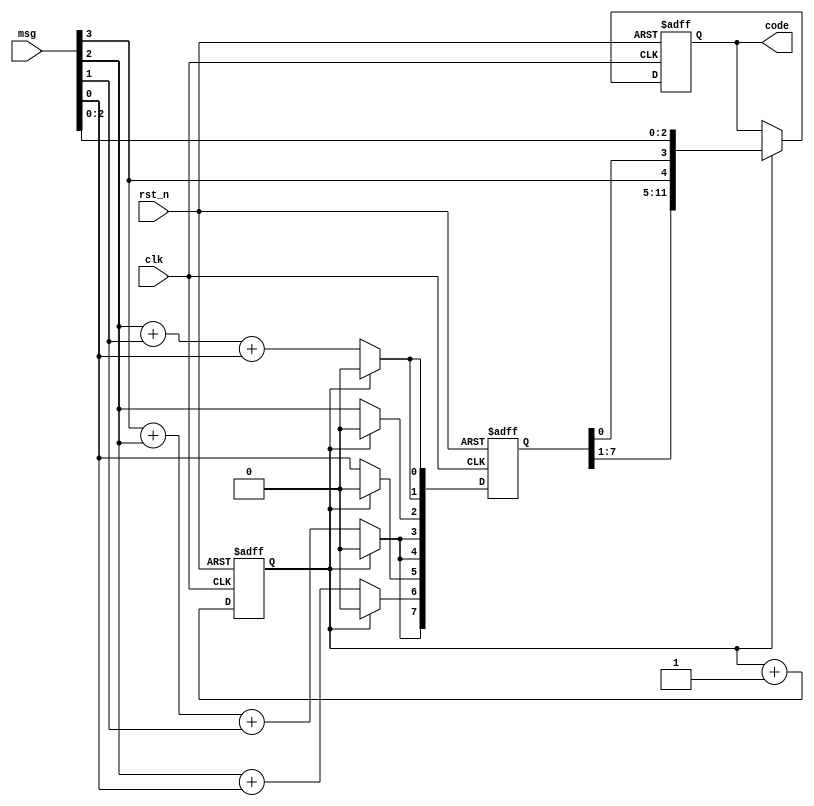
//PP
`timescale 1 ns/ 1 ps
module ldpc_encoder(
	clk,
	rst_n,
	msg,
	code
	);

	input  		  clk;													//  50MHz
	input  		  rst_n;												// 
	input  [3:0]  msg;													//  
	output [11:0] code;													//  

    
	reg clk_count;
	always@(posedge clk or negedge rst_n)
	begin
		if(rst_n == 1'b0)
			clk_count <= #1 1'b0;
		else
			clk_count <= #1 clk_count + 1'b1;
	end
	reg [7:0] check;													// 
	always@(posedge clk or negedge rst_n)
	begin
		if(rst_n == 1'b0)
			check     <= #1 8'b0;
		else
		begin
			if(clk_count == 1'd0)
			begin														// msgP 								
				check[7]  <= #1 msg[3]+msg[2]+msg[1];
				check[6]  <= #1 msg[2]+msg[0];
				check[5]  <= #1 msg[0];
				check[4]  <= #1 msg[3]+msg[2]+msg[1];
				check[3]  <= #1 msg[3]+msg[2]+msg[1];
				check[2]  <= #1 msg[2];
				check[1]  <= #1 msg[2]+msg[1]+msg[0];
				check[0]  <= #1 msg[2]+msg[1]+msg[0];
			end
			else
				check <= #1 8'b0;
		end
	end
	// ?	|0 0 0 0 0 0 0 9|  u=[c | s] 
	reg [11:0] code;													
	always@(posedge clk or negedge rst_n)
	begin
		if(rst_n == 1'b0)
			code <= #1 12'b0;
		else
		begin
			if(clk_count == 1'b1)
				code <= #1 {check[7:1],msg[3],check[0],msg[2:0]}; 	// ?8?9? ? ?		
			else
				code  <= #1 code;			
		end
	end
endmodule